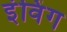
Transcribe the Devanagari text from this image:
इंविंग